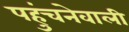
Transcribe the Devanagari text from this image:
पहुंचनेवाली